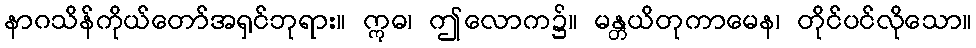
နာဂသိန်ကိုယ်တော်အရှင်ဘုရား။ ဣဓ၊ ဤလောက၌။ မန္တယိတုကာမေန၊ တိုင်ပင်လိုသော။